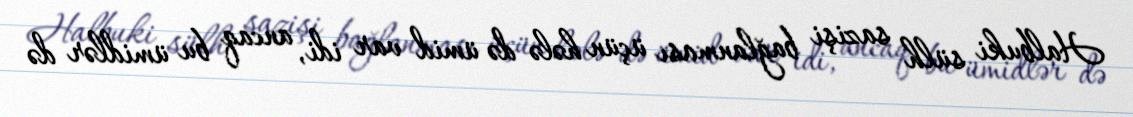
Halbuki sülh sazişi bağlanması üçün hələ də ümid var idi, ancaq bu ümidlər də